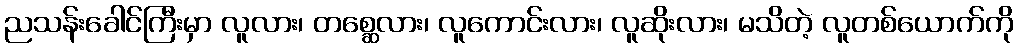
ညသန်းခေါင်ကြီးမှာ လူလား၊ တစ္ဆေလား၊ လူကောင်းလား၊ လူဆိုးလား၊ မသိတဲ့ လူတစ်ယောက်ကို